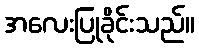
အလေးပြုခိုင်းသည်။